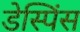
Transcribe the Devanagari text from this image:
डेस्पिंस